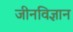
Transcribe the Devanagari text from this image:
जीनविज्ञान